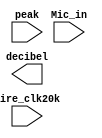
`timescale 1ns / 1ps
//////////////////////////////////////////////////////////////////////////////////
// Company: 
// Engineer: 
// 
// Design Name: 
// Module Name: DecibelIndicator
// Project Name: 
// Target Devices: 
// Tool Versions: 
// Description: 
// 
// Dependencies: 
// 
// Revision:
// Revision 0.01 - File Created
// Additional Comments:
// 
//////////////////////////////////////////////////////////////////////////////////


module DecibelIndicator(
    input [11:0] Mic_in,
    input wire_clk20k,
    input [11:0] peak,
    output reg [31:0]decibel
    );
    
    reg[31:0] count = 0;
    always@(posedge wire_clk20k) begin
        count = (count == 2000) ? 0 : count+1;
        if(count == 2000) begin
        end
    end
    
endmodule